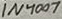
Text: 1N4007